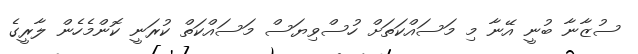
ސުޒާނާ ބުނީ އޭނާ މި މަސައްކަތަށް ހުސްވިޔަސް މަސައްކަތް ކުރަނީ ކޮންމެހެން ލާރީގެ